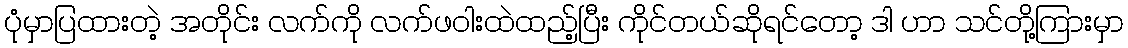
ပုံမှာပြထားတဲ့ အတိုင်း လက်ကို လက်ဖဝါးထဲထည့်ပြီး ကိုင်တယ်ဆိုရင်တော့ ဒါ ဟာ သင်တို့ကြားမှာ